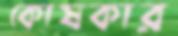
কোষকার